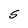
Character: S